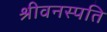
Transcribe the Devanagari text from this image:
श्रीवनस्पति